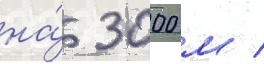
на́ 3000 м /